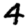
Digit: 4